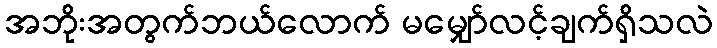
အဘိုးအတွက်ဘယ်လောက် မမျှော်လင့်ချက်ရှိသလဲ